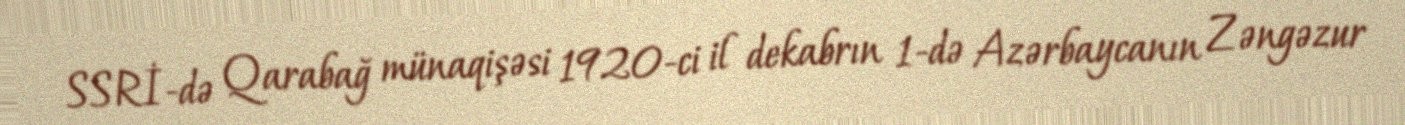
SSRİ-də Qarabağ münaqişəsi 1920-ci il dekabrın 1-də Azərbaycanın Zəngəzur